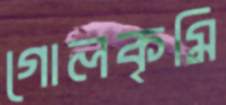
গোলকৃমি